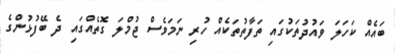
ބައެއް ކަހަލަ ވައުދުތަކުގައި ތަފާތުތަކެއް ހުރި ނަމަވެސް ޖުމްލަ ގޮތެއްގައި ދެ ބޭފުޅުންގެ